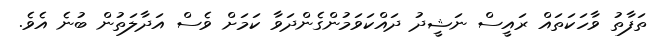
ތަފާތު ވާހަކަތައް ރައީސް ނަޝީދު ދައްކަވަމުންގެންދަވާ ކަމަށް ވެސް އަދާލަތުން ބުނެ އެވެ.